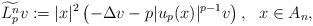
LaTeX: \begin{align*}\widetilde{L_{p}^n} v: = |x|^2 \left( -\Delta v-p|u_p(x)|^{p-1}v \right), \ \ x\in A_n,\end{align*}